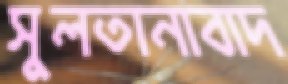
সুলতানাবাদ